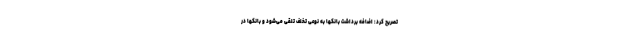
تصریح کرد: اضافه برداشت بانکها به نوعی تخلف تلقی می‌شود و بانکها در